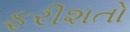
ફરીશતો